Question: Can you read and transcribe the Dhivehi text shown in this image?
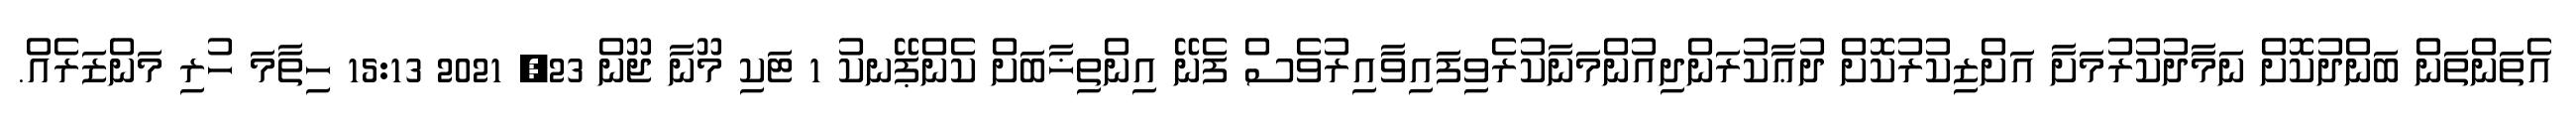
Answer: އެތަންތަން ބަންދުކޮށް ނަމާދުކުރުމަށާ އަށްޒިކުރުކޮށް ދުޢާކުރަންދިއުންމަނާކުރެވިފައިވާއިރުވެސް ފެނޭ އިންތިޚާބަށް ކެންޕޭނކު 1 ޓަކި މޫނާ ޖޫން 23, 2021 15:13 ހިތާމަ ހުރި މަންޒަރެއް.